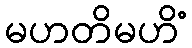
မဟတိမဟိံ